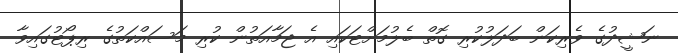
ނަޝީދުގެ ވެރިކަން ބަދަލުކުރި ގޮތް ބެލުމަށްޓަކައި އެ ޖަމާއަތުން ކުރި މަސައްކަތުގެ ރިޕޯޓުގައިވާ